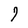
Character: 7